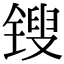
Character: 锼